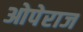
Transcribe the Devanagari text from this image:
ओपेराज